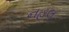
નહલ